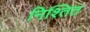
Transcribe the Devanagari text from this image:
निश्तित